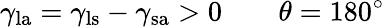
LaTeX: \gamma_{\mathrm{la}}=\gamma_{\mathrm{ls}}-\gamma_{\mathrm{sa}}>0\qquad\theta=180^{\circ}